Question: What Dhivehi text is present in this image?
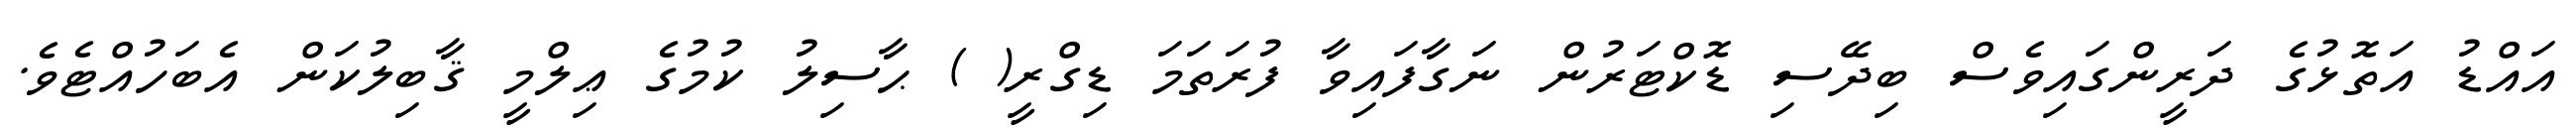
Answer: އައްޑު އަތޮޅުގެ ދަރީންގައިވެސް ބިދޭސި ޑޮކްޓަރުން ނަގާފައިވާ ފުރަތަމަ ޑިގްރީ( ) ޙާސިލު ކުމުގެ ޢިލްމީ ޤާބިލުކަން އެބަހުއްޓެވެ.